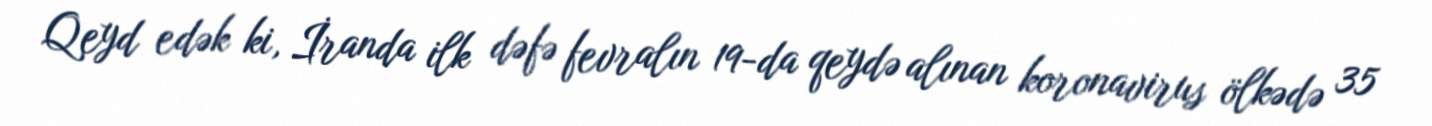
Qeyd edək ki, İranda ilk dəfə fevralın 19-da qeydə alınan koronavirus ölkədə 35